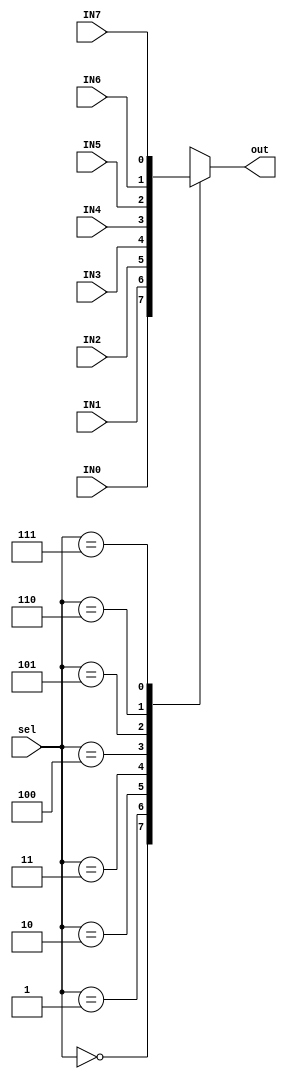
module MUX8#(parameter WIDTH=1)(
input wire [WIDTH-1:0] IN0,
input wire [WIDTH-1:0] IN1,
input wire [WIDTH-1:0] IN2,
input wire [WIDTH-1:0] IN3,
input wire [WIDTH-1:0] IN4,
input wire [WIDTH-1:0] IN5,
input wire [WIDTH-1:0] IN6,
input wire [WIDTH-1:0] IN7,
input wire [2:0]sel,
output reg [WIDTH-1:0] out
);

always @(*)
begin
case (sel)
'd0: out=IN0;
 'd1: out=IN1;
 'd2: out=IN2;
 'd3: out=IN3;
 'd4: out=IN4;
 'd5: out=IN5;
 'd6: out=IN6;
 'd7: out=IN7;
endcase
end

endmodule